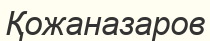
Қожаназаров